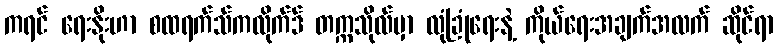
ကရင် ရေးနိုးဟာ စထရက်သ်ကလိုက်ဒ် တက္ကသိုလ်မှာ လုံခြုံရေးနဲ့ ကိုယ်ရေးအချက်အလက် ဆိုင်ရာ